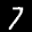
Label: 7